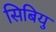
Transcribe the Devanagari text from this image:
सिबियु